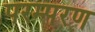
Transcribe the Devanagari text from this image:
परम्परण